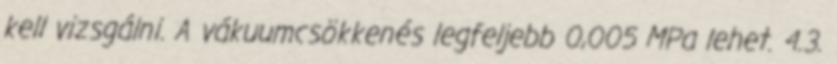
kell vizsgálni. A vákuumcsökkenés legfeljebb 0,005 MPa lehet. 4.3.